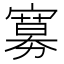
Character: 𡫌